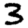
Digit: 3